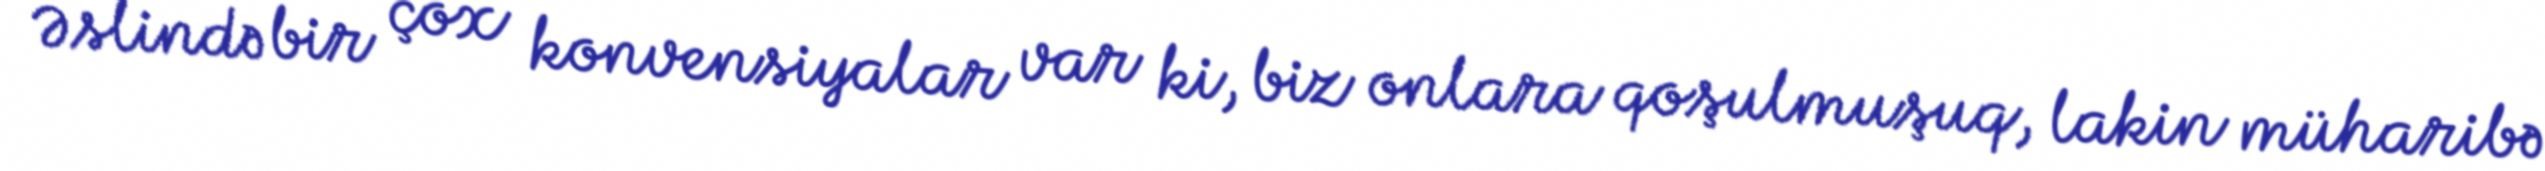
Əslində bir çox konvensiyalar var ki, biz onlara qoşulmuşuq, lakin müharibə